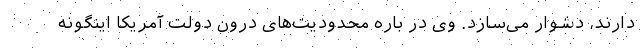
دارند، دشوار می‌سازد. وی در باره محدودیت‌های درون دولت آمریکا اینگونه